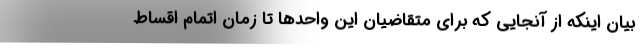
بیان اینکه از آنجایی که برای متقاضیان این واحدها تا زمان اتمام اقساط